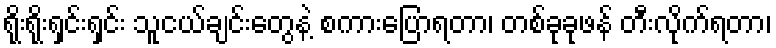
ရိုးရိုးရှင်းရှင်း သူငယ်ချင်းတွေနဲ့ စကားပြောရတာ၊ တစ်ခုခုဖန် တီးလိုက်ရတာ၊